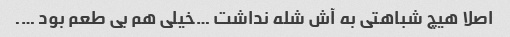
اصلا هیچ شباهتی به آش شله نداشت …خیلی هم بی طعم بود ….